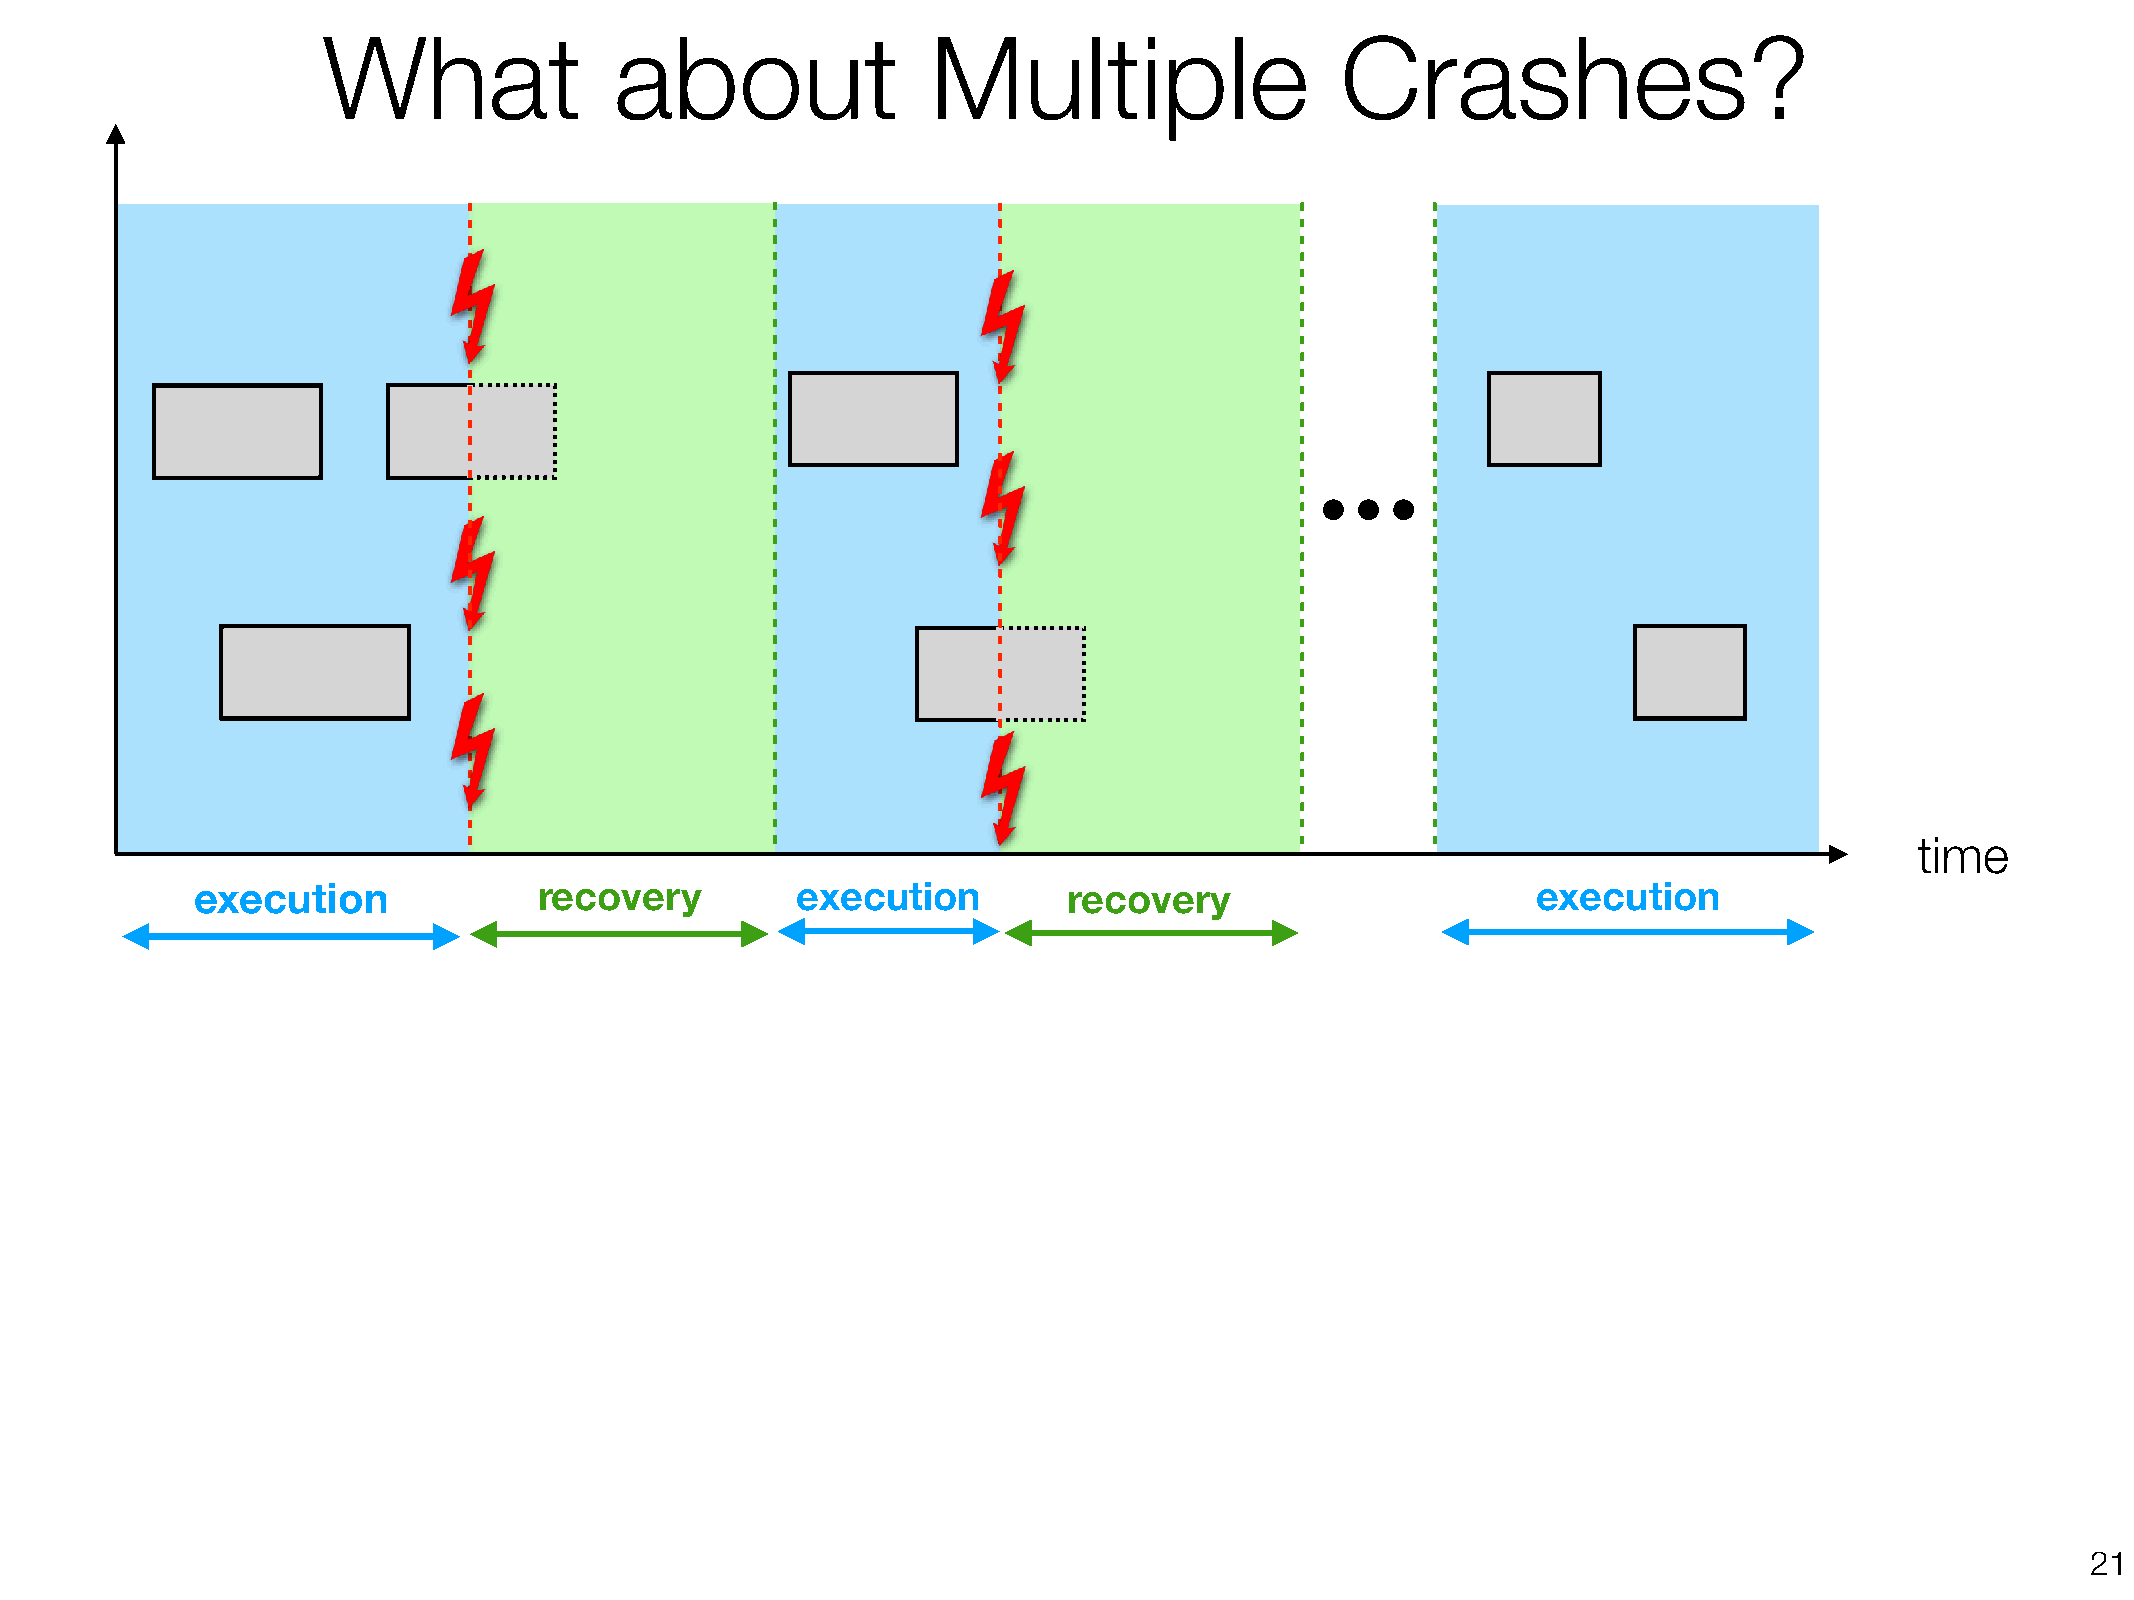
What                about                Multiple                   Crashes?
 time
 execution              recovery         execution         recovery                       execution
 !21